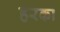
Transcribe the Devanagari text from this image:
हरका